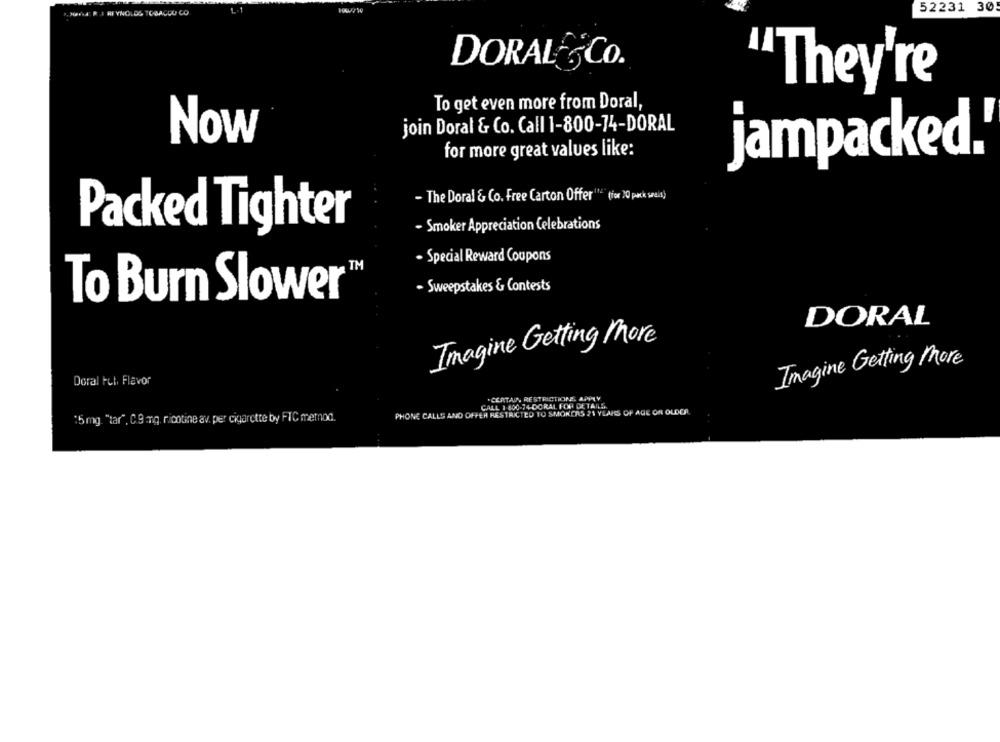
52231 30
HOW I REYNOLDS TOBACCO CO
DORAL SCO.
"They're
To get even more from Doral,
join Doral & Co. Call 1-800-74-DORAL
Now
for more great values like:
jampacked.
- The Doral & Co. Free Carton Offer1" (fx )0 por sel)
- Smoker Appreciation Celebrations
Packed Tighter
- Special Reward Coupons
TM
- Sweepstakes & Contests
To Burn Slower
DORAL
Imagine Getting More
Imagine Getting More
Doral Ful. Flavor
.CERTAIN RESTRICTIONE. APPLY
CALL 1 800-74-DORAL FOR DETAILS
PHONE CALLS AND OFFER RESTRICTED TO SMOKERS 21 YEARS OF AGE OR OLDER
:5mg. "tar", C9 mg. nicotine av. per cigarette by FIC metnod.